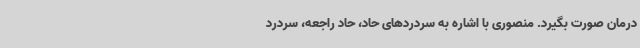
درمان صورت بگیرد. منصوری با اشاره به سردردهای حاد، حاد راجعه، سردرد